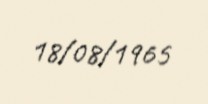
18/08/1965